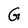
Character: G